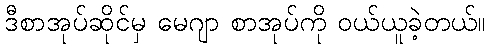
ဒီစာအုပ်ဆိုင်မှ မေဂျာ စာအုပ်ကို ဝယ်ယူခဲ့တယ်။